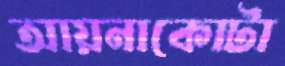
আয়নাকোটা